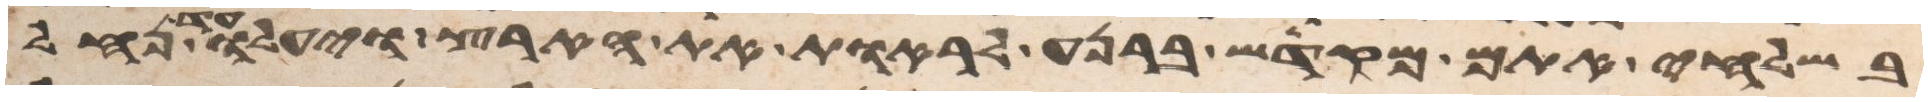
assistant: בשלחי אתם מקדש ברנע לראות את הארץ ויעלו עד נחל